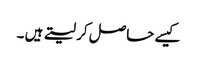
کیسے حاصل کر لیتے ہیں ۔